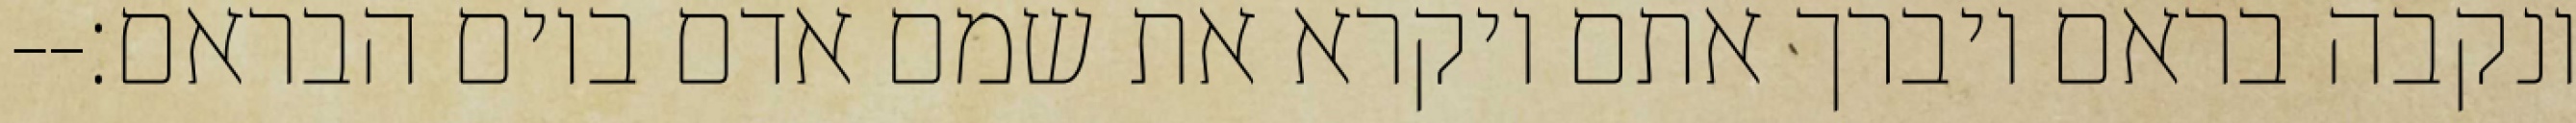
ונקבה בראם ויברך אתם ויקרא את שמם אדם ביום הבראם׃--